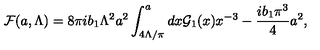
{ \cal F } ( a , \Lambda ) = { 8 \pi i b _ { 1 } } \Lambda ^ { 2 } a ^ { 2 } \int _ { 4 \Lambda / \pi } ^ { a } d x { \cal G } _ { 1 } ( x ) x ^ { - 3 } - { \frac { i b _ { 1 } \pi ^ { 3 } } { 4 } } a ^ { 2 } ,